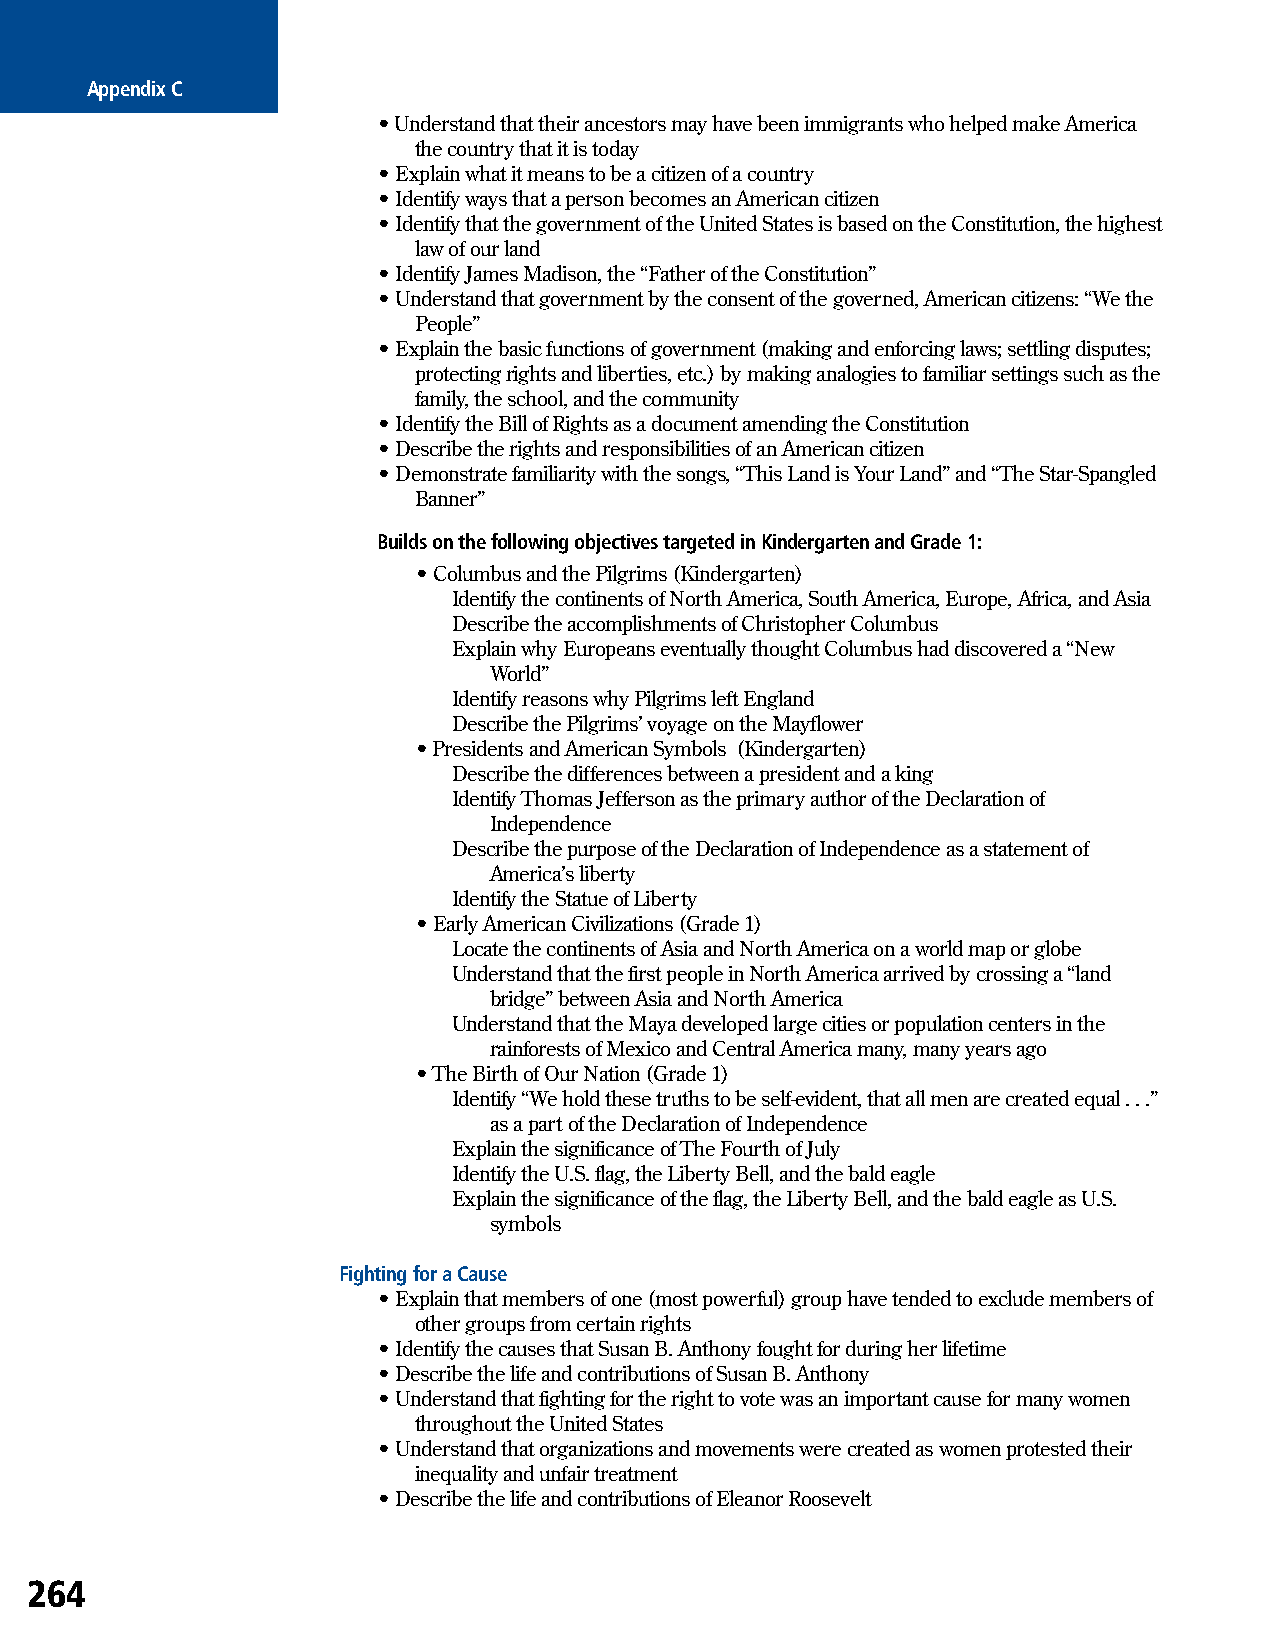
Appendix C
 • Understand that their ancestors may have been immigrants who helped make America
 the country that it is today
 • Explain what it means to be a citizen of a country
 • Identify ways that a person becomes an American citizen
 • Identify that the government of the United States is based on the Constitution, the highest
 law of our land
 • Identify James Madison, the “Father of the Constitution”
 • Understand that government by the consent of the governed, American citizens: “We the
 People”
 • Explain the basic functions of government (making and enforcing laws; settling disputes;
 protecting rights and liberties, etc.) by making analogies to familiar settings such as the
 family, the school, and the community
 • Identify the Bill of Rights as a document amending the Constitution
 • Describe the rights and responsibilities of an American citizen
 • Demonstrate familiarity with the songs, “This Land is Your Land” and “The Star-Spangled
 Banner”
 Builds on the following objectives targeted in Kindergarten and Grade 1:
 • Columbus and the Pilgrims (Kindergarten)
 Identify the continents of North America, South America, Europe, Africa, and Asia
 Describe the accomplishments of Christopher Columbus
 Explain why Europeans eventually thought Columbus had discovered a “New
 World”
 Identify reasons why Pilgrims left England
 Describe the Pilgrims’ voyage on the Mayflower
 • Presidents and American Symbols (Kindergarten)
 Describe the differences between a president and a king
 Identify Thomas Jefferson as the primary author of the Declaration of
 Independence
 Describe the purpose of the Declaration of Independence as a statement of
 America’s liberty
 Identify the Statue of Liberty
 • Early American Civilizations (Grade 1)
 Locate the continents of Asia and North America on a world map or globe
 Understand that the first people in North America arrived by crossing a “land
 bridge” between Asia and North America
 Understand that the Maya developed large cities or population centers in the
 rainforests of Mexico and Central America many, many years ago
 • The Birth of Our Nation (Grade 1)
 Identify “We hold these truths to be self-evident, that all men are created equal . . .”
 as a part of the Declaration of Independence
 Explain the significance of The Fourth of July
 Identify the U.S. flag, the Liberty Bell, and the bald eagle
 Explain the significance of the flag, the Liberty Bell, and the bald eagle as U.S.
 symbols
 Fighting for a Cause
 • Explain that members of one (most powerful) group have tended to exclude members of
 other groups from certain rights
 • Identify the causes that Susan B. Anthony fought for during her lifetime
 • Describe the life and contributions of Susan B. Anthony
 • Understand that fighting for the right to vote was an important cause for many women
 throughout the United States
 • Understand that organizations and movements were created as women protested their
 inequality and unfair treatment
 • Describe the life and contributions of Eleanor Roosevelt
 264